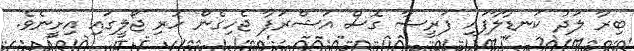
ބިރާ ލަދު ކަނޑާލާފައި ފަރީޝާ ގޮސް އަޝްރަފާ ޖެހިގެން ހުރި ޖޯލީގައި އިށީނެވެ.